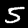
Digit: 5